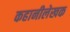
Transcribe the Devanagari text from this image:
कहानीलेखक